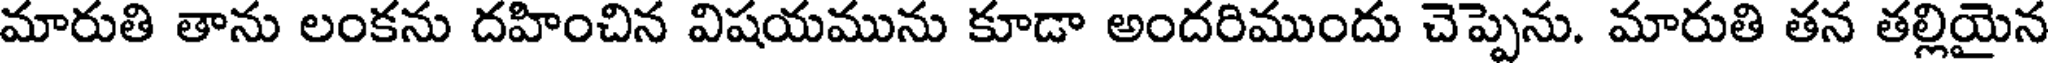
మారుతి తాను లంకను దహించిన విషయమును కూడా అందరిముందు చెప్పెను. మారుతి తన తల్లియైన